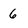
Character: 6